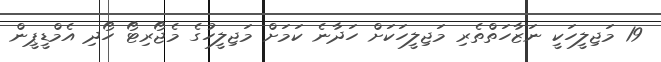
19 މަޖިލީހަކީ ނަޒާހަތްތެރި މަޖިލީހަކަށް ހަދާނެ ކަމަށް މަޖިލީހުގެ މެޖޯރިޓޯ ހޯދި އެމްޑީޕީން